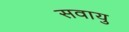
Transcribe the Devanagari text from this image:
सवायु